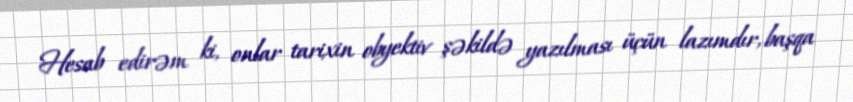
Hesab edirəm ki, onlar tarixin obyektiv şəkildə yazılması üçün lazımdır, başqa